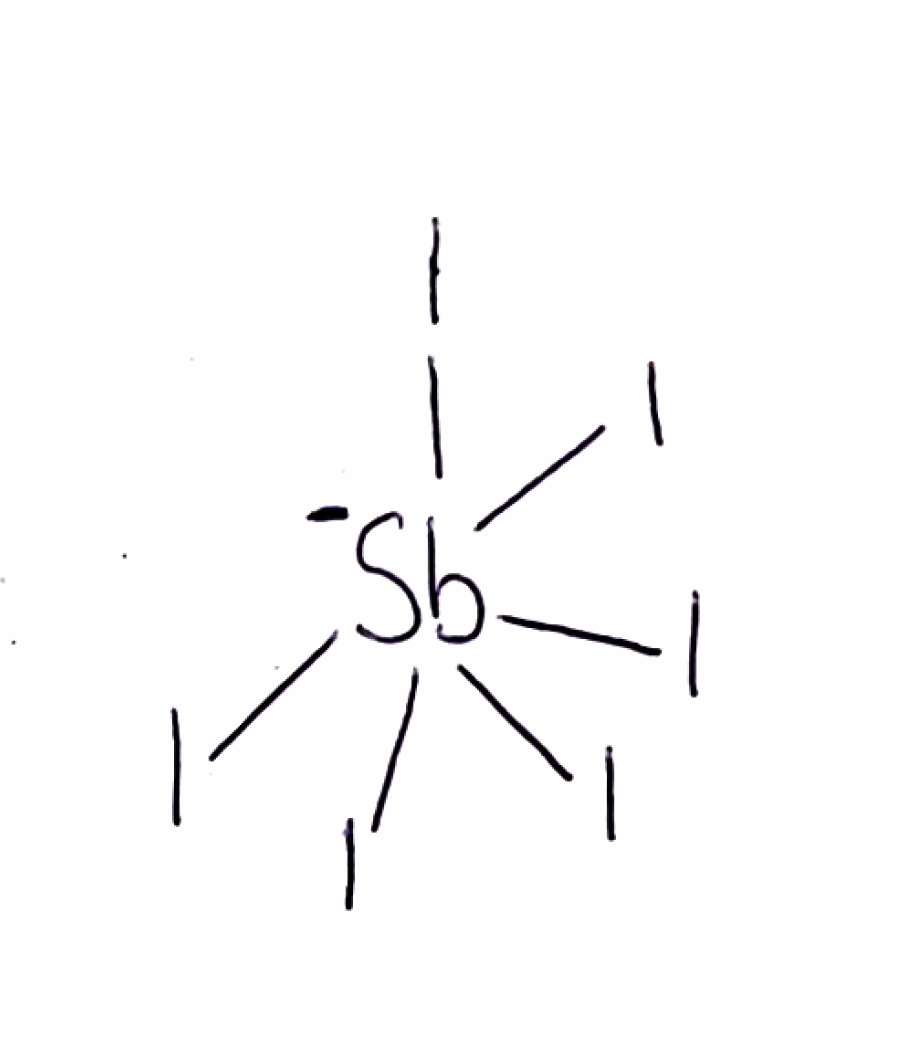
Simplified molecular-input line-entry system (SMILES) notation of the given molecule:
[Sb-](I)(I)(I)(I)(I)I